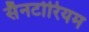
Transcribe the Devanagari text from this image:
सैनटोरियम